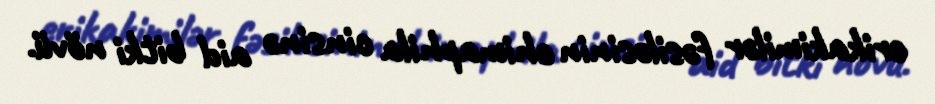
erikakimilər fəsiləsinin chimaphila cinsinə aid bitki növü.